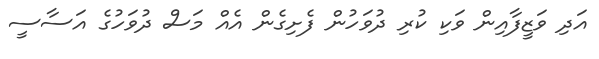
އަދި ވަޒީފާއިން ވަކި ކުރި ދުވަހުން ފެށިގެން އެއް މަސް ދުވަހުގެ އަސާސީ